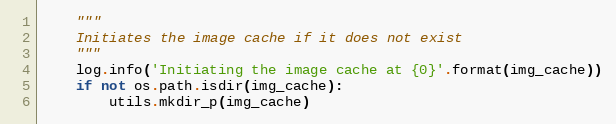
Language: Python
    """
    Initiates the image cache if it does not exist
    """
    log.info('Initiating the image cache at {0}'.format(img_cache))
    if not os.path.isdir(img_cache):
        utils.mkdir_p(img_cache)